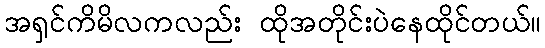
အရှင်ကိမိလကလည်း ထိုအတိုင်းပဲနေထိုင်တယ်။